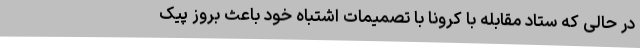
در حالی که ستاد مقابله با کرونا با تصمیمات اشتباه خود باعث بروز پیک